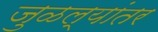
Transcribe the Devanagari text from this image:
जुळल्यांतर